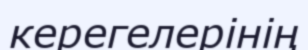
керегелерінің